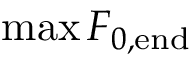
\operatorname* { m a x } F _ { 0 , \mathrm { e n d } }